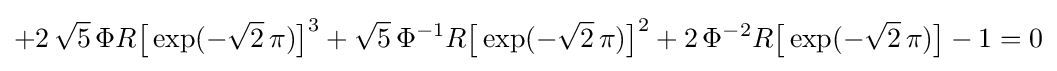
+2\,{\sqrt {5}}\,\Phi R{\bigl [}\exp(-{\sqrt {2}}\,\pi ){\bigr ]}^{3}+{\sqrt {5}}\,\Phi ^{-1}R{\bigl [}\exp(-{\sqrt {2}}\,\pi ){\bigr ]}^{2}+2\,\Phi ^{-2}R{\bigl [}\exp(-{\sqrt {2}}\,\pi ){\bigr ]}-1=0